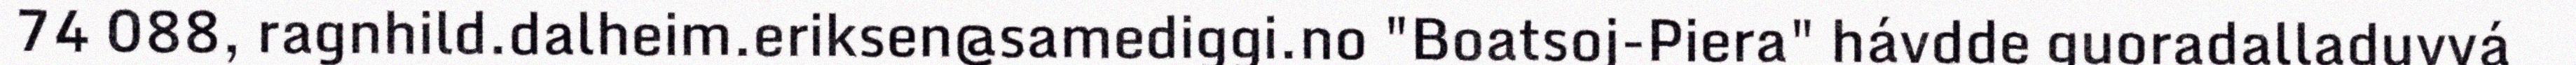
74 088, ragnhild.dalheim.eriksen@samediggi.no "Boatsoj-Piera" hávdde guoradalladuvvá